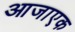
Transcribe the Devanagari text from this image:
आजाएक